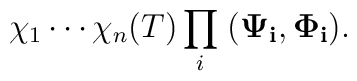
\chi_1\cdots\chi_n(T) \prod_i\; ({\bf \Psi_i},{\bf \Phi_i}).